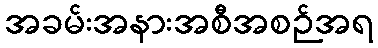
အခမ်းအနားအစီအစဉ်အရ